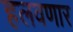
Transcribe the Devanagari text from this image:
हलवणार